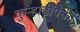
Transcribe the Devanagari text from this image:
कुऱ्हाडींपैकी